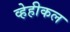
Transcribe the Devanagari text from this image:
व्हेहीकल